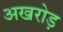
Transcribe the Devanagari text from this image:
अखरोड़